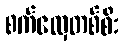
စက်လှေတစ်စီး